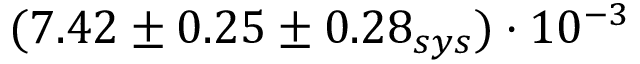
( 7 . 4 2 \pm 0 . 2 5 \pm 0 . 2 8 _ { s y s } ) \cdot 1 0 ^ { - 3 }